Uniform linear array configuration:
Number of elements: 32
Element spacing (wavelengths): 0.25
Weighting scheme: exponential
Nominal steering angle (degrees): -45
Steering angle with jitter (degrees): -45.901
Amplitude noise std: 0.05
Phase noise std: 0.05

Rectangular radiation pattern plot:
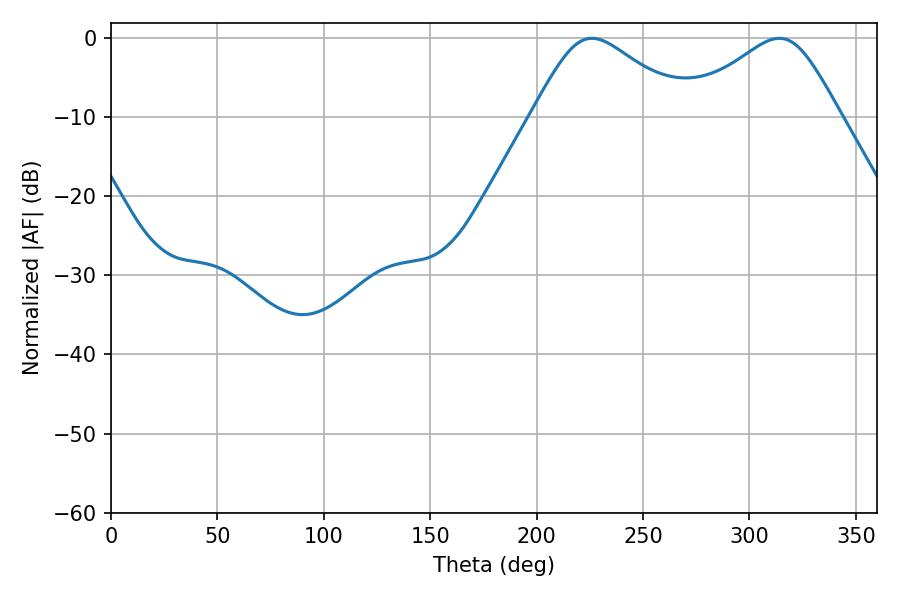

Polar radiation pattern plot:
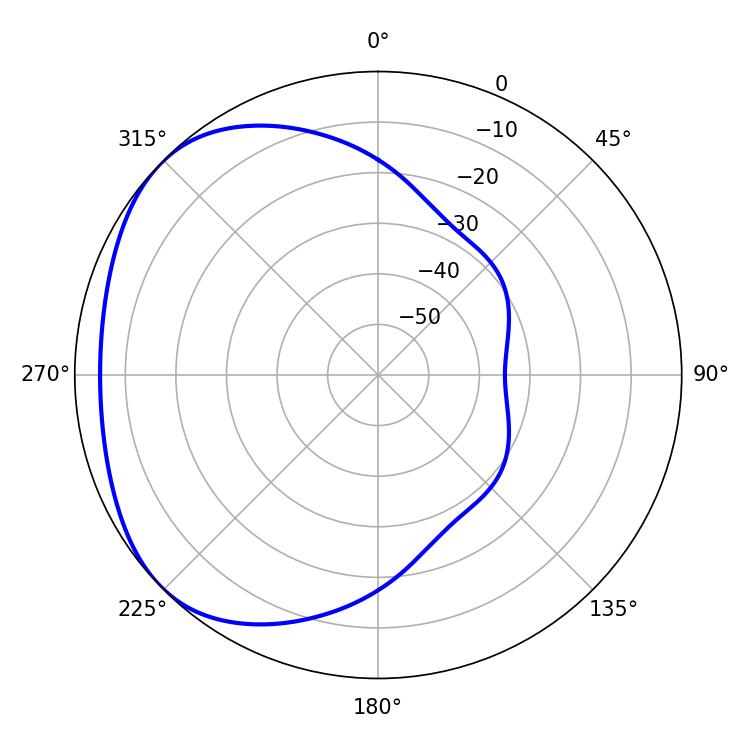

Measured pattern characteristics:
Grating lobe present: FALSE
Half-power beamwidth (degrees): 36.18
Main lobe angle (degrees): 225.9